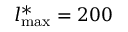
l _ { \mathrm { m a x } } ^ { \ast } = 2 0 0